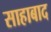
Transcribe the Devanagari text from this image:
साहाबाद